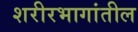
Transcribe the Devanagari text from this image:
शरीरभागांतील